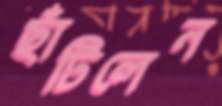
ছাঁটিলেন